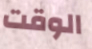
الوقت